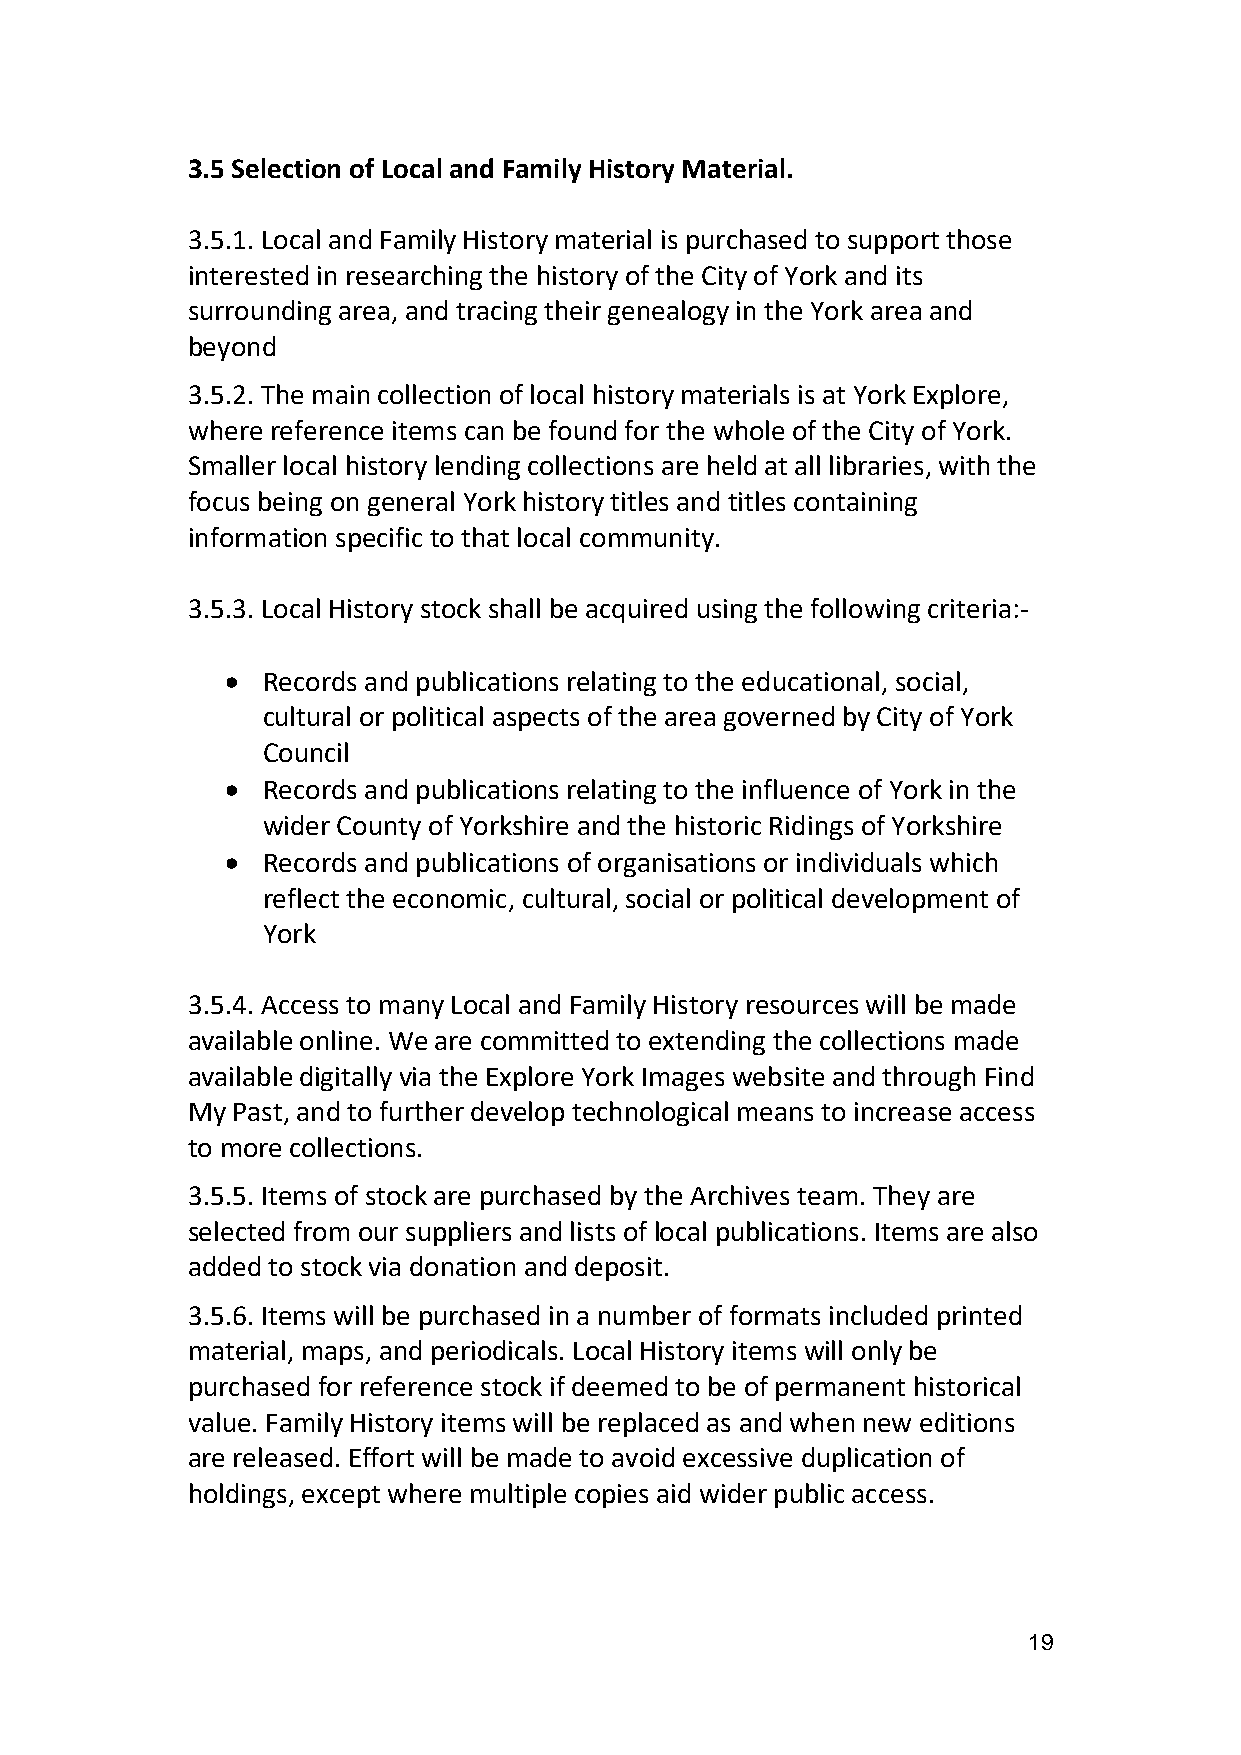
3.5 Selection of Local and Family History Material.
 3.5.1. Local and Family History material is purchased to support those
 interested in researching the history of the City of York and its
 surrounding area, and tracing their genealogy in the York area and
 beyond
 3.5.2. The main collection of local history materials is at York Explore,
 where reference items can be found for the whole of the City of York.
 Smaller local history lending collections are held at all libraries, with the
 focus being on general York history titles and titles containing
 information specific to that local community.
 3.5.3. Local History stock shall be acquired using the following criteria:-
  Records and publications relating to the educational, social,
 cultural or political aspects of the area governed by City of York
 Council
  Records and publications relating to the influence of York in the
 wider County of Yorkshire and the historic Ridings of Yorkshire
  Records and publications of organisations or individuals which
 reflect the economic, cultural, social or political development of
 York
 3.5.4. Access to many Local and Family History resources will be made
 available online. We are committed to extending the collections made
 available digitally via the Explore York Images website and through Find
 My Past, and to further develop technological means to increase access
 to more collections.
 3.5.5. Items of stock are purchased by the Archives team. They are
 selected from our suppliers and lists of local publications. Items are also
 added to stock via donation and deposit.
 3.5.6. Items will be purchased in a number of formats included printed
 material, maps, and periodicals. Local History items will only be
 purchased for reference stock if deemed to be of permanent historical
 value. Family History items will be replaced as and when new editions
 are released. Effort will be made to avoid excessive duplication of
 holdings, except where multiple copies aid wider public access.
 19